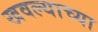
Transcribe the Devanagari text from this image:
खवल्याच्या